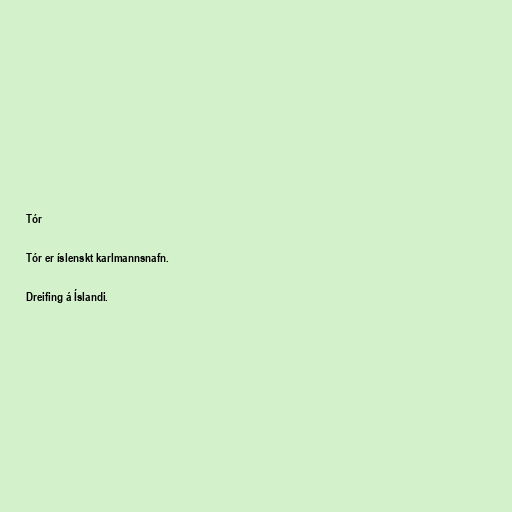
Tór

Tór er íslenskt karlmannsnafn.

Dreifing á Íslandi.